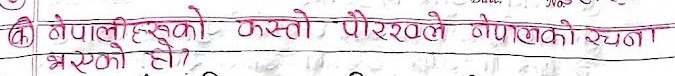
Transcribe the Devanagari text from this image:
(क) नेपालीहरूको कस्तो पौरखले नेपालको रक्षा भएको हो ?